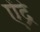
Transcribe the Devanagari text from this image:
ऐंद्रे